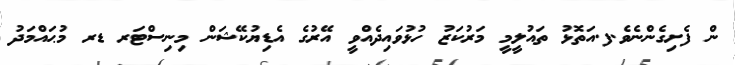
ން ފެށިގެންނެވެ.ފ.އަތޮޅު ތައުލީމީ މަރުކަޒު ހުޅުވައިދެއްވީ އޭރުގެ އެޑިޔުކޭޝަން މިނިސްޓަރ ޑރ މުޙައްމަދު